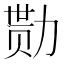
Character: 勚